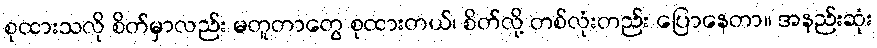
စုထားသလို စိတ်မှာလည်း မတူတာတွေ စုထားတယ်၊ စိတ်လို့ တစ်လုံးတည်း ပြောနေတာ။ အနည်းဆုံး